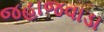
જહાજવાડા